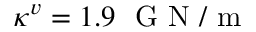
\kappa ^ { v } = 1 . 9 ~ \mathrm { ~ G ~ N ~ / ~ m ~ }